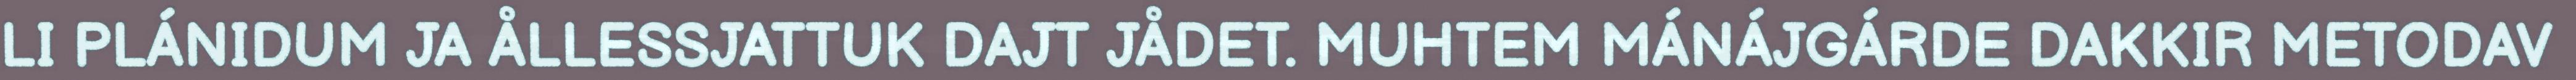
LI PLÁNIDUM JA ÅLLESSJATTUK DAJT JÅDET. MUHTEM MÁNÁJGÁRDE DAKKIR METODAV